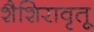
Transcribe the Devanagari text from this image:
शैशिरावृतू